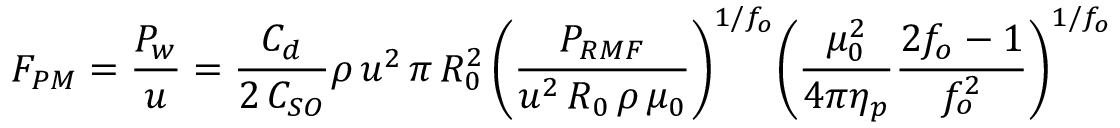
F _ { P M } = { \frac { P _ { w } } { u } } = { \frac { C _ { d } } { 2 \, C _ { S O } } } \rho \, u ^ { 2 } \, \pi \, R _ { 0 } ^ { 2 } \, { \biggl ( } { \frac { P _ { R M F } } { u ^ { 2 } \, R _ { 0 } \, \rho \, \mu _ { 0 } } } { \biggr ) } ^ { 1 / f _ { o } } { \biggl ( } { \frac { \mu _ { 0 } ^ { 2 } } { 4 \pi \eta _ { p } } } { \frac { 2 f _ { o } - 1 } { f _ { o } ^ { 2 } } } { \biggr ) } ^ { 1 / f _ { o } }